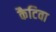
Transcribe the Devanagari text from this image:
कैटिवा